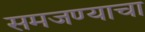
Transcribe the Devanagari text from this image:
समजण्याचा